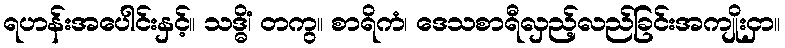
ရဟန်းအပေါင်းနှင့်။ သဒ္ဓိံ၊ တကွ။ စာရိကံ၊ ဒေသစာရီလှည့်လည်ခြင်းအကျိုးငှာ။